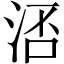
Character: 㳪